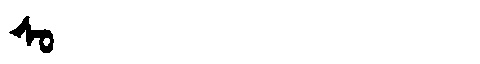
Manchu: ᠰᠣ
Romanization: SO